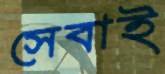
সেবাই